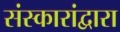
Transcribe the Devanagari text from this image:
संस्कारांद्वारा